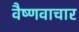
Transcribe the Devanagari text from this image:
वैष्णवाचार